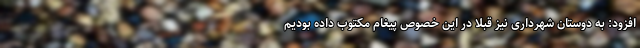
افزود: به دوستان شهرداری نیز قبلا در این خصوص پیغام مکتوب داده بودیم